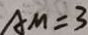
A M = 3